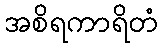
အစိရကာရိတံ